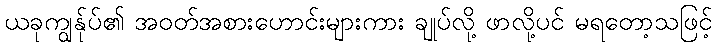
ယခုကျွန်ုပ်၏ အဝတ်အစားဟောင်းများကား ချုပ်လို့ ဖာလို့ပင် မရတော့သဖြင့်